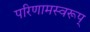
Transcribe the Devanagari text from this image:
परिणामस्वरूप्